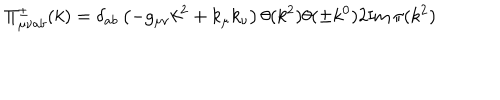
\Pi _ { \mu \nu a b } ^ { \pm } ( k ) = \delta _ { a b } \left( - g _ { \mu \nu } k ^ { 2 } + k _ { \mu } k _ { \nu } \right) \theta ( k ^ { 2 } ) \theta ( \pm k ^ { 0 } ) 2 \mathrm { I m } \, \pi ( k ^ { 2 } )